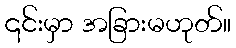
၎င်းမှာ အခြားမဟုတ်။